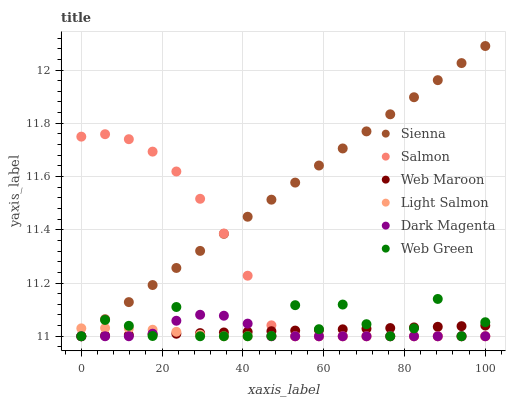
| xaxis_label | Sienna | Salmon | Web Maroon | Light Salmon | Dark Magenta | Web Green |
 | --- | --- | --- | --- | --- | --- | --- |
 | 0 | 11 | 11.7 | 11 | 11 | 11 | 11 |
 | 5.88 | 11.1 | 11.8 | 11 | 11 | 11 | 11.1 |
 | 11.8 | 11.1 | 11.7 | 11 | 11 | 11 | 11 |
 | 17.6 | 11.2 | 11.7 | 11 | 11 | 11 | 11 |
 | 23.5 | 11.3 | 11.6 | 11 | 11 | 11.1 | 11.1 |
 | 29.4 | 11.3 | 11.5 | 11 | 11 | 11.1 | 11 |
 | 35.3 | 11.4 | 11.4 | 11 | 11 | 11.1 | 11 |
 | 41.2 | 11.4 | 11.2 | 11 | 11 | 11 | 11 |
 | 47.1 | 11.5 | 11 | 11 | 11 | 11 | 11 |
 | 52.9 | 11.6 | 11 | 11 | 11 | 11 | 11.1 |
 | 58.8 | 11.6 | 11 | 11 | 11 | 11 | 11 |
 | 64.7 | 11.7 | 11 | 11 | 11 | 11 | 11.1 |
 | 70.6 | 11.8 | 11 | 11 | 11 | 11 | 11 |
 | 76.5 | 11.8 | 11 | 11 | 11 | 11 | 11 |
 | 82.4 | 11.9 | 11 | 11 | 11 | 11 | 11 |
 | 88.2 | 12 | 11 | 11 | 11 | 11 | 11.1 |
 | 94.1 | 12 | 11 | 11 | 11 | 11 | 11 |
 | 100 | 12.1 | 11 | 11 | 11 | 11 | 11.1 |